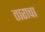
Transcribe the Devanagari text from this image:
ताराचा